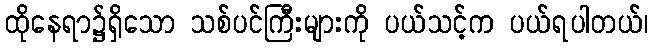
ထိုနေရာ၌ရှိသော သစ်ပင်ကြီးများကို ပယ်သင့်က ပယ်ရပါတယ်၊